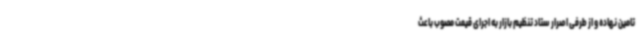
تامین نهاده و از طرفی اصرار ستاد تنظیم بازار به اجرای قیمت مصوب باعث